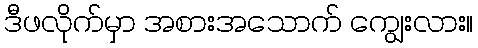
ဒီဖလိုက်မှာ အစားအသောက် ကျွေးလား။